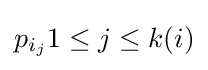
p_{i_{j}}1\leq j\leq k(i)